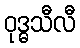
ဝုဒ္ဓသီလီ